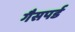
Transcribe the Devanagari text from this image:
गैसपर्ड